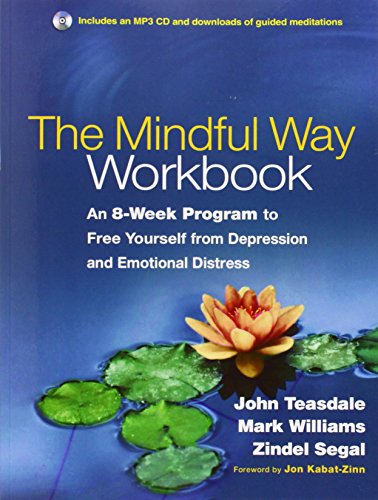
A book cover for The Mindful Way Workbook: An 8-Week Program to Free Yourself from Depression and Emotional Distress; John D. Teasdale PhD; Science & Math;